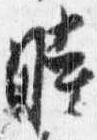
時